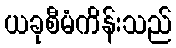
ယခုစီမံကိန်းသည်